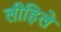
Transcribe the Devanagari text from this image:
लीहिले